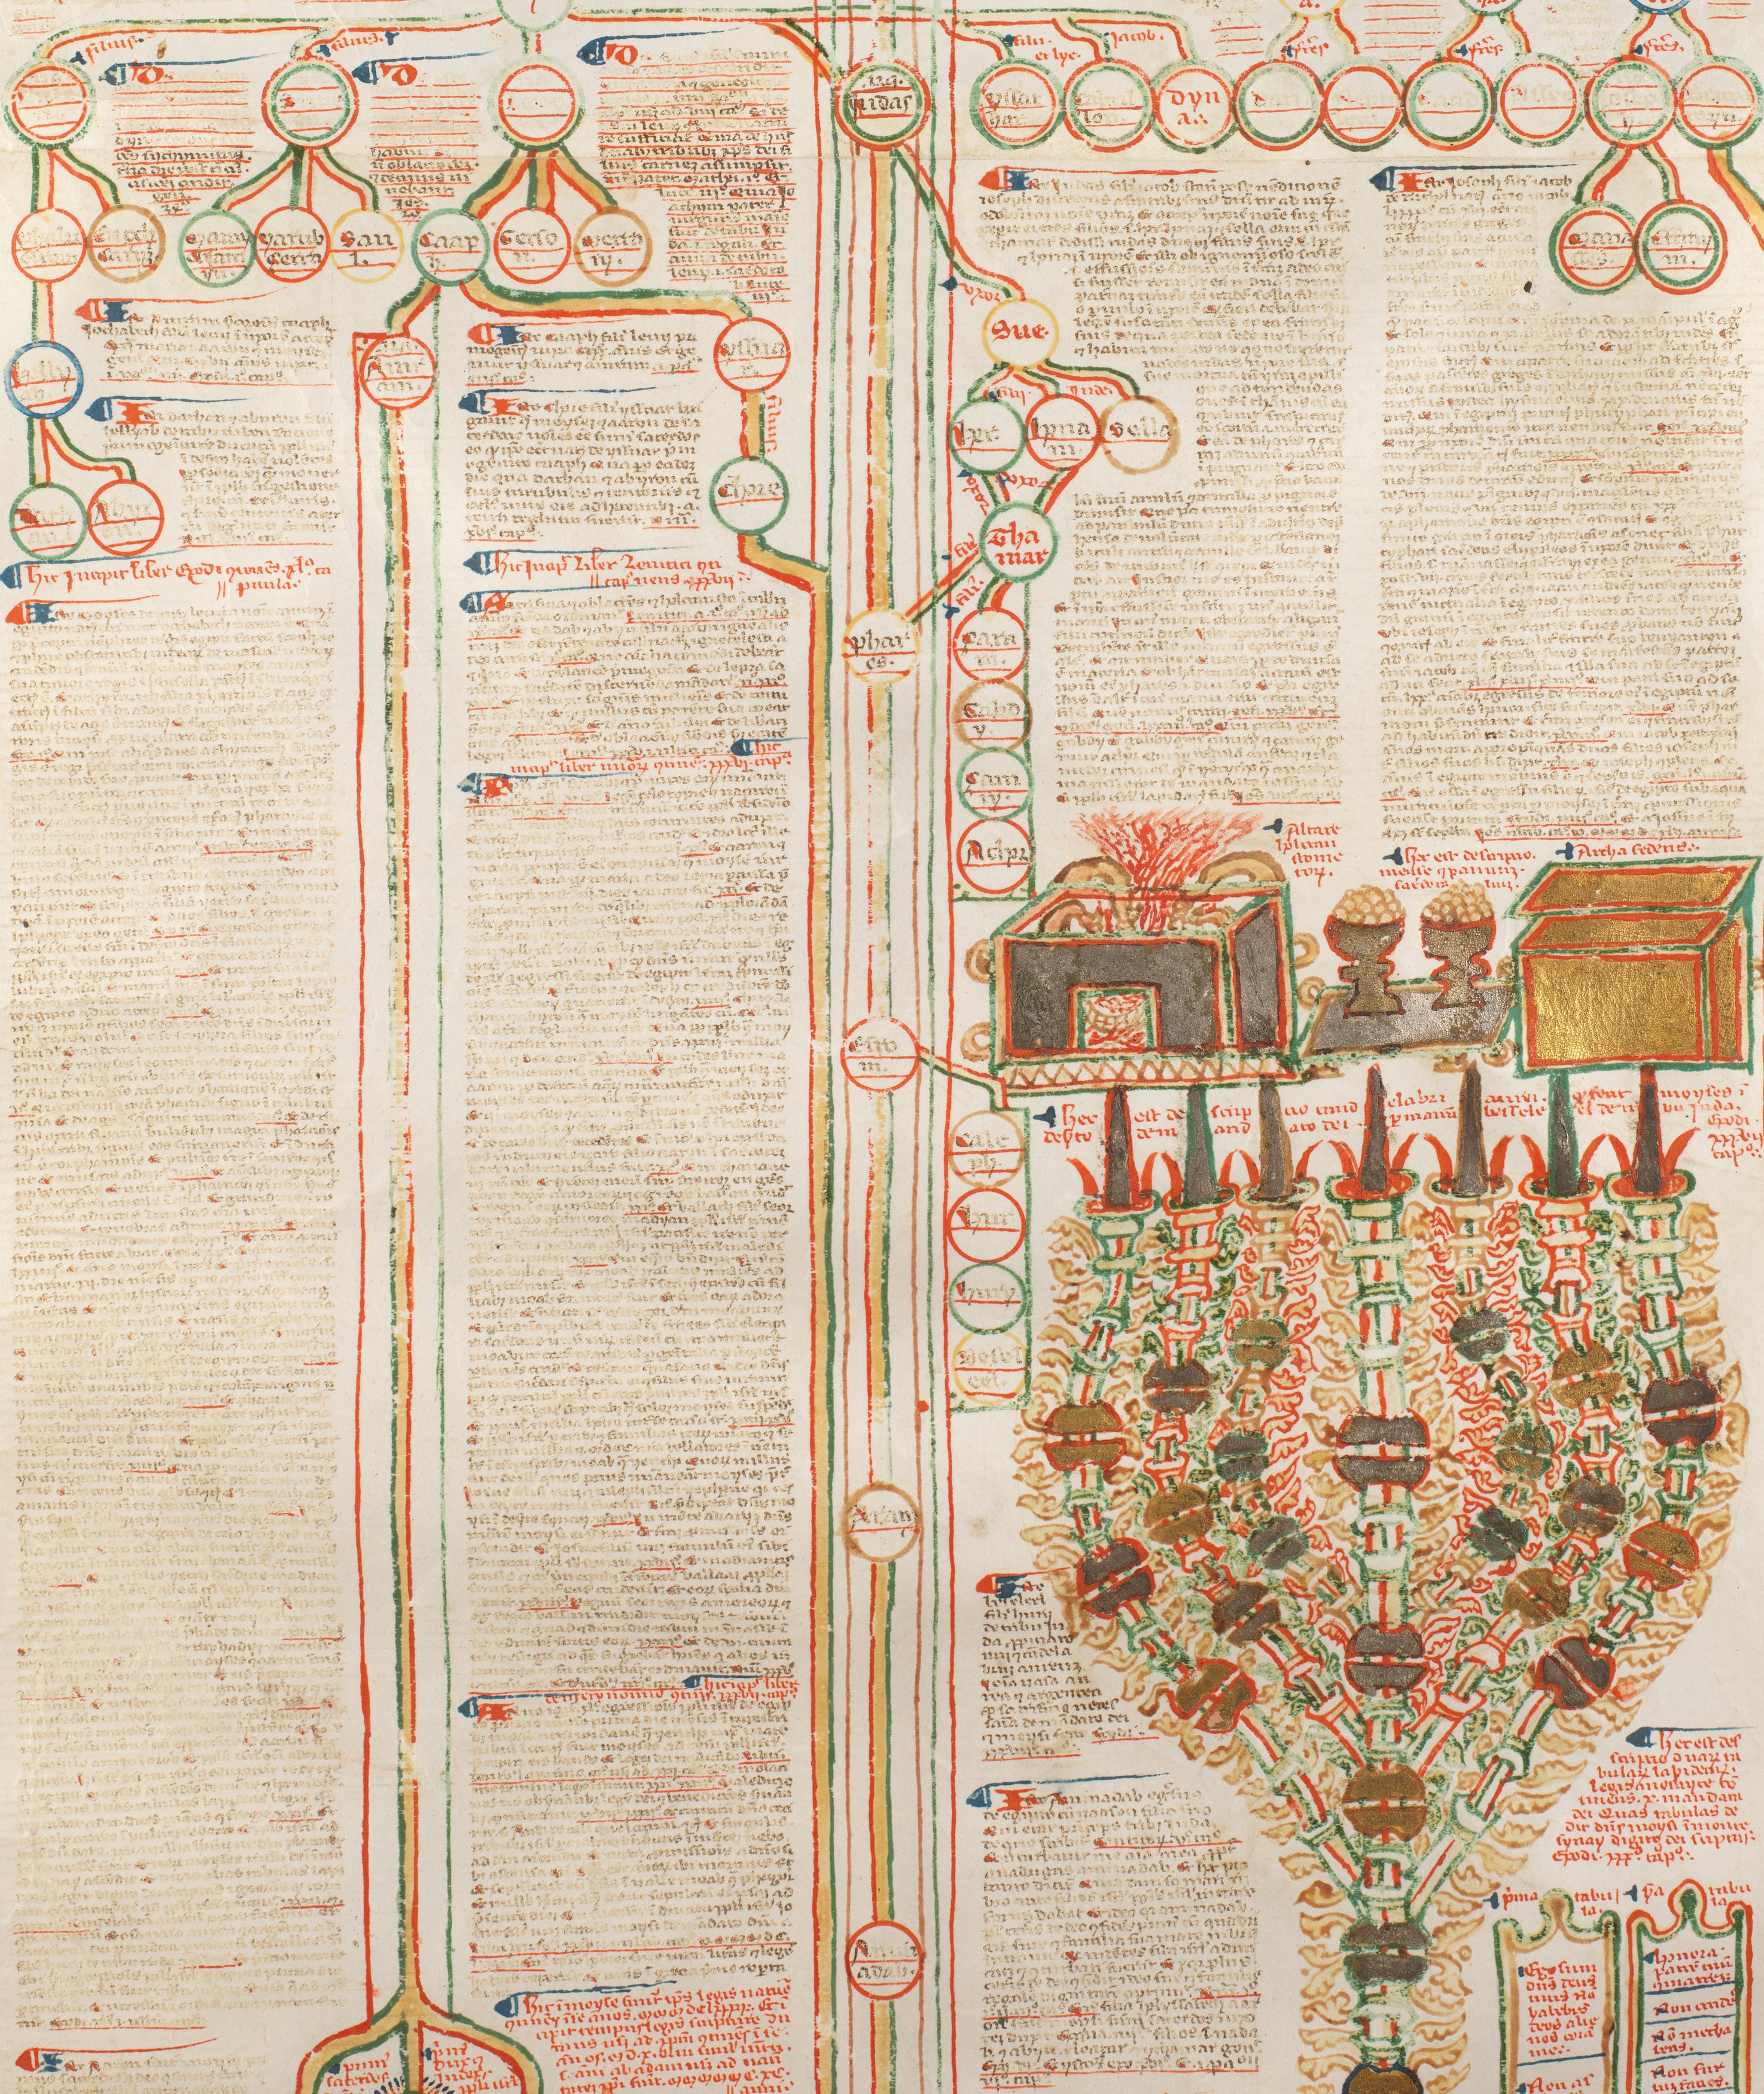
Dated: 1350–1399